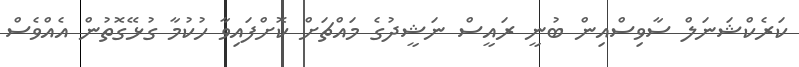
ކަރެކްޝަނަލް ސާވިސްއިން ބުނީ ރައީސް ނަޝީދުގެ މައްޗަށް ކޮށްފައިވާ ހުކުމާ ގުޅޭގޮތުން އެއްވެސް